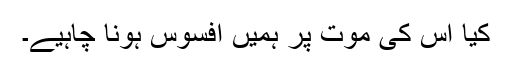
کیا اس کی موت پر ہمیں افسوس ہونا چاہیے۔